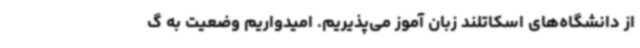
از دانشگاه‌های اسکاتلند زبان آموز می‌پذیریم. امیدواریم وضعیت به گ